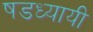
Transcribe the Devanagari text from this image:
षडध्यायी